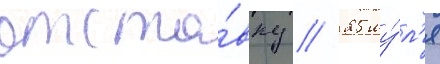
отста́вку // 25 иу́л'я